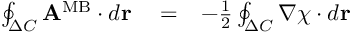
\begin{array} { r l r } { \oint _ { \Delta C } { \bf A } ^ { \mathrm { M B } } \cdot d { \bf r } } & { { } = } & { - { \frac { 1 } { 2 } } \oint _ { \Delta C } \nabla \chi \cdot d { \bf r } } \end{array}